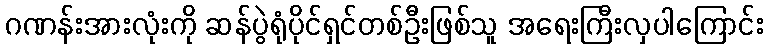
ဂဏန်းအားလုံးကို ဆန်ပွဲရုံပိုင်ရှင်တစ်ဦးဖြစ်သူ အရေးကြီးလှပါကြောင်း